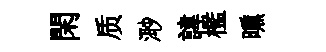
閑质𣺌諱檻曛